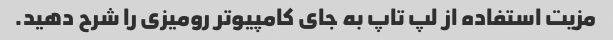
مزیت استفاده از لپ تاپ به جای کامپیوتر رومیزی را شرح دهید.